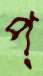
প্